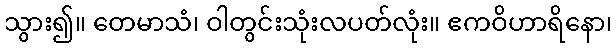
သွား၍။ တေမာသံ၊ ဝါတွင်းသုံးလပတ်လုံး။ ဧကဝိဟာရိနော၊